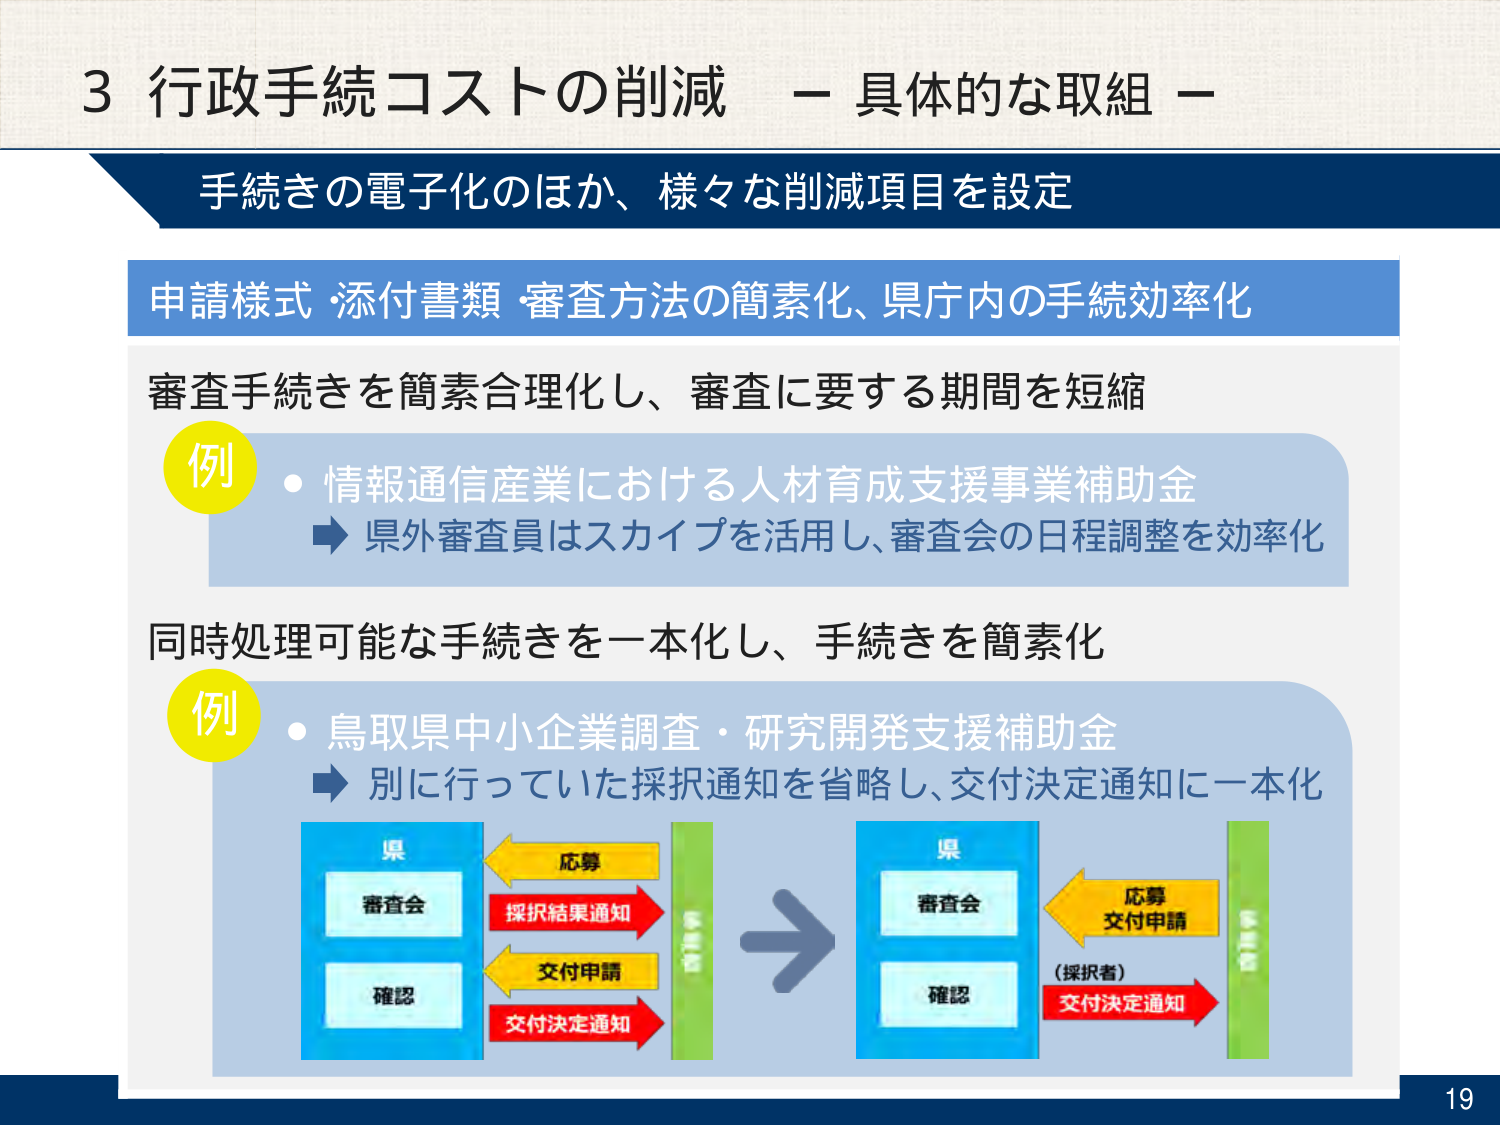
3 行政手続コストの削減 － 具体的な取組 －

手続きの電子化のほか、様々な削減項目を設定

申請様式・添付書類・審査方法の簡素化、県庁内の手続効率化

審査手続きを簡素合理化し、審査に要する期間を短縮

例
・情報通信産業における人材育成支援事業補助金
　→ 県外審査員はスカイプを活用し、審査会の日程調整を効率化

同時処理可能な手続きを一本化し、手続きを簡素化

例
・鳥取県中小企業調査・研究開発支援補助金
　→ 別に行っていた採択通知を省略し、交付決定通知に一本化

県
審査会
確認

応募
採択結果通知
交付申請
交付決定通知

→

県
審査会
確認

応募
交付申請
（採択者）
交付決定通知

19